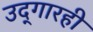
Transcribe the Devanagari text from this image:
उद्‌गारही